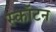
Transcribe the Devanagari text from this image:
स्कॉटन